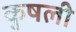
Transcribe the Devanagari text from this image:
कुषली